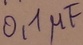
Text: 0,1µF